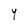
Character: Y